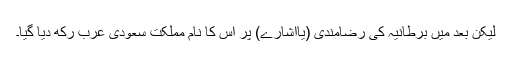
لیکن بعد میں برطانیہ کی رضامندی (یااشارے) پر اس کا نام مملکت سعودی عرب رکھ دیا گیا۔